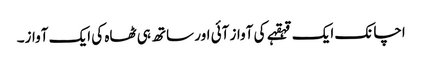
اچانک ایک قہقہے کی آواز آئی اور ساتھ ہی ٹھاہ کی ایک آواز۔